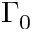
\Gamma _ { 0 }